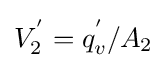
V_{2}^{'}=q_{v}^{'}/A_{2}